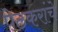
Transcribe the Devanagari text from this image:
पेठकरांचे